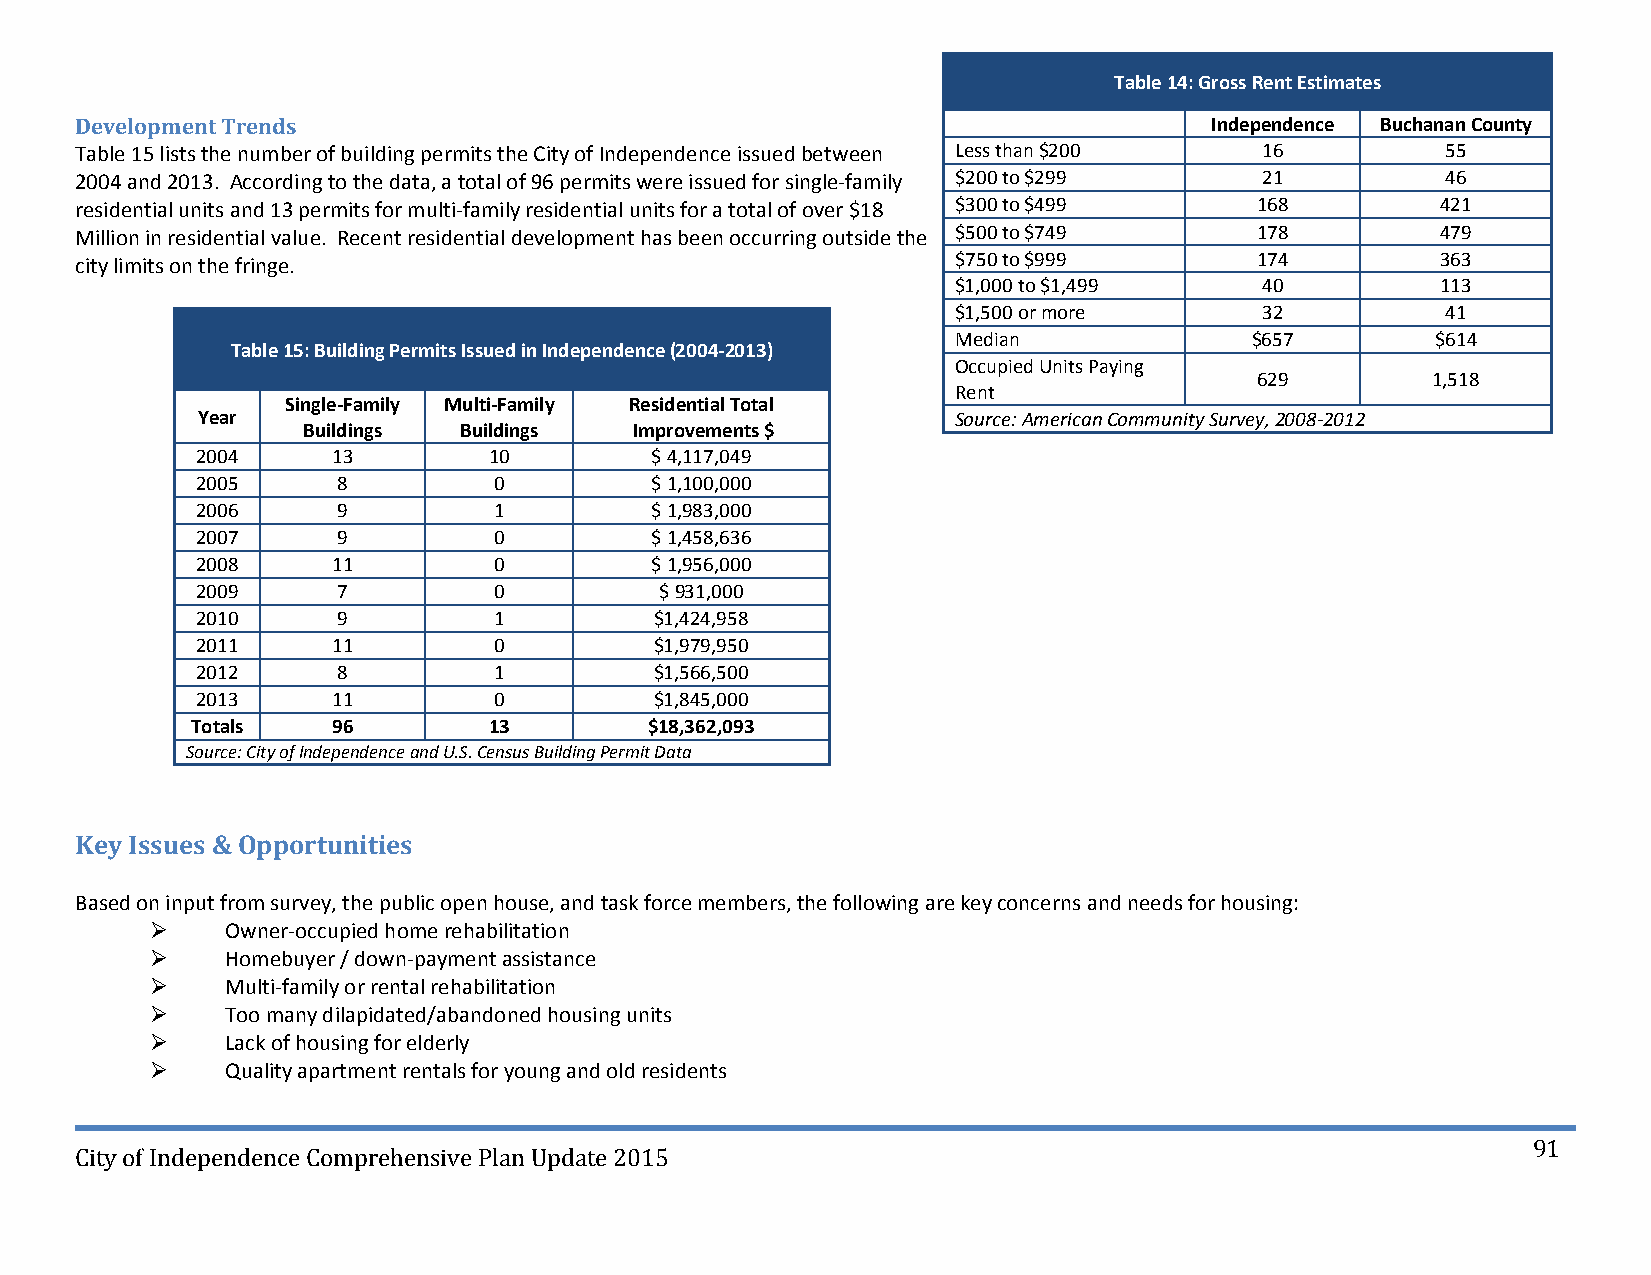
Table 14: Gross Rent Estimates
 Development Trends                                                         Independence Buchanan County
 Table 15 lists the number of building permits the City of Independence issued between Less than $200 16 55
 2004 and 2013. According to the data, a total of 96 permits were issued for single‐family $200 to $299 21 46
 residential units and 13 permits for multi‐family residential units for a total of over $18 $300 to $499 168 421
 Million in residential value. Recent residential development has been occurring outside the $500 to $749 178 479
 city limits on the fringe.                                $750 to $999        174         363
 $1,000 to $1,499     40         113
 $1,500 or more       32          41
 Median              $657        $614
 Table 15: Building Permits Issued in Independence (2004‐2013)
 Occupied Units Paying
 629         1,518
 Rent
 Single‐Family Multi‐Family Residential Total
 Year                                              Source: American Community Survey, 2008‐2012
 Buildings Buildings   Improvements $
 2004     13        10         $ 4,117,049
 2005     8          0         $ 1,100,000
 2006     9          1         $ 1,983,000
 2007     9          0         $ 1,458,636
 2008     11         0         $ 1,956,000
 2009     7          0          $ 931,000
 2010     9          1         $1,424,958
 2011     11         0         $1,979,950
 2012     8          1         $1,566,500
 2013     11         0         $1,845,000
 Totals   96        13         $18,362,093
 Source: City of Independence and U.S. Census Building Permit Data
 Key Issues & Opportunities
 Based on input from survey, the public open house, and task force members, the following are key concerns and needs for housing:
     Owner‐occupied home rehabilitation
     Homebuyer / down‐payment assistance
     Multi‐family or rental rehabilitation
     Too many dilapidated/abandoned housing units
     Lack of housing for elderly
     Quality apartment rentals for young and old residents
 91
 City of Independence Comprehensive Plan Update 2015